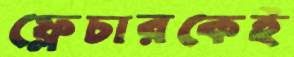
ফ্লেচারকেই